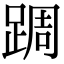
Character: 𨂊